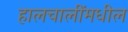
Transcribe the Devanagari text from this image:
हालचालींमधील